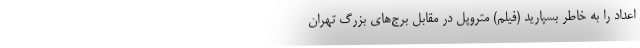
اعداد را به خاطر بسپارید (فیلم) متروپل در مقابل برج‌های بزرگ تهران